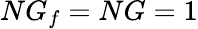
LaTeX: NG_{f}=NG=1